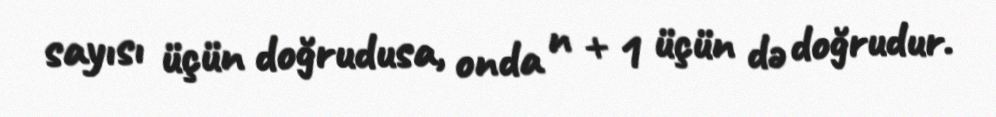
sayısı üçün doğrudusa, onda n + 1 üçün də doğrudur.